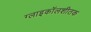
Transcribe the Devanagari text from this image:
ग्लाइकॉलशीतक